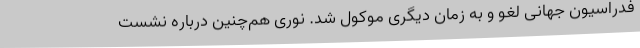
فدراسیون جهانی لغو و به زمان دیگری موکول شد. نوری هم‌چنین درباره نشست